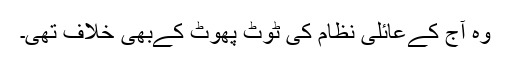
وہ آج کےعائلی نظام کی ٹوٹ پھوٹ کےبھی خلاف تھی۔